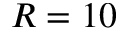
R = 1 0